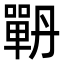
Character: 𭋉